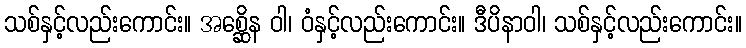
သစ်နှင့်လည်းကောင်း။ အစ္ဆေိန ဝါ၊ ဝံနှင့်လည်းကောင်း။ ဒီပိနာဝါ၊ သစ်နှင့်လည်းကောင်း။